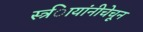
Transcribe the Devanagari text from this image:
स्त्र्िायांनीचेचून